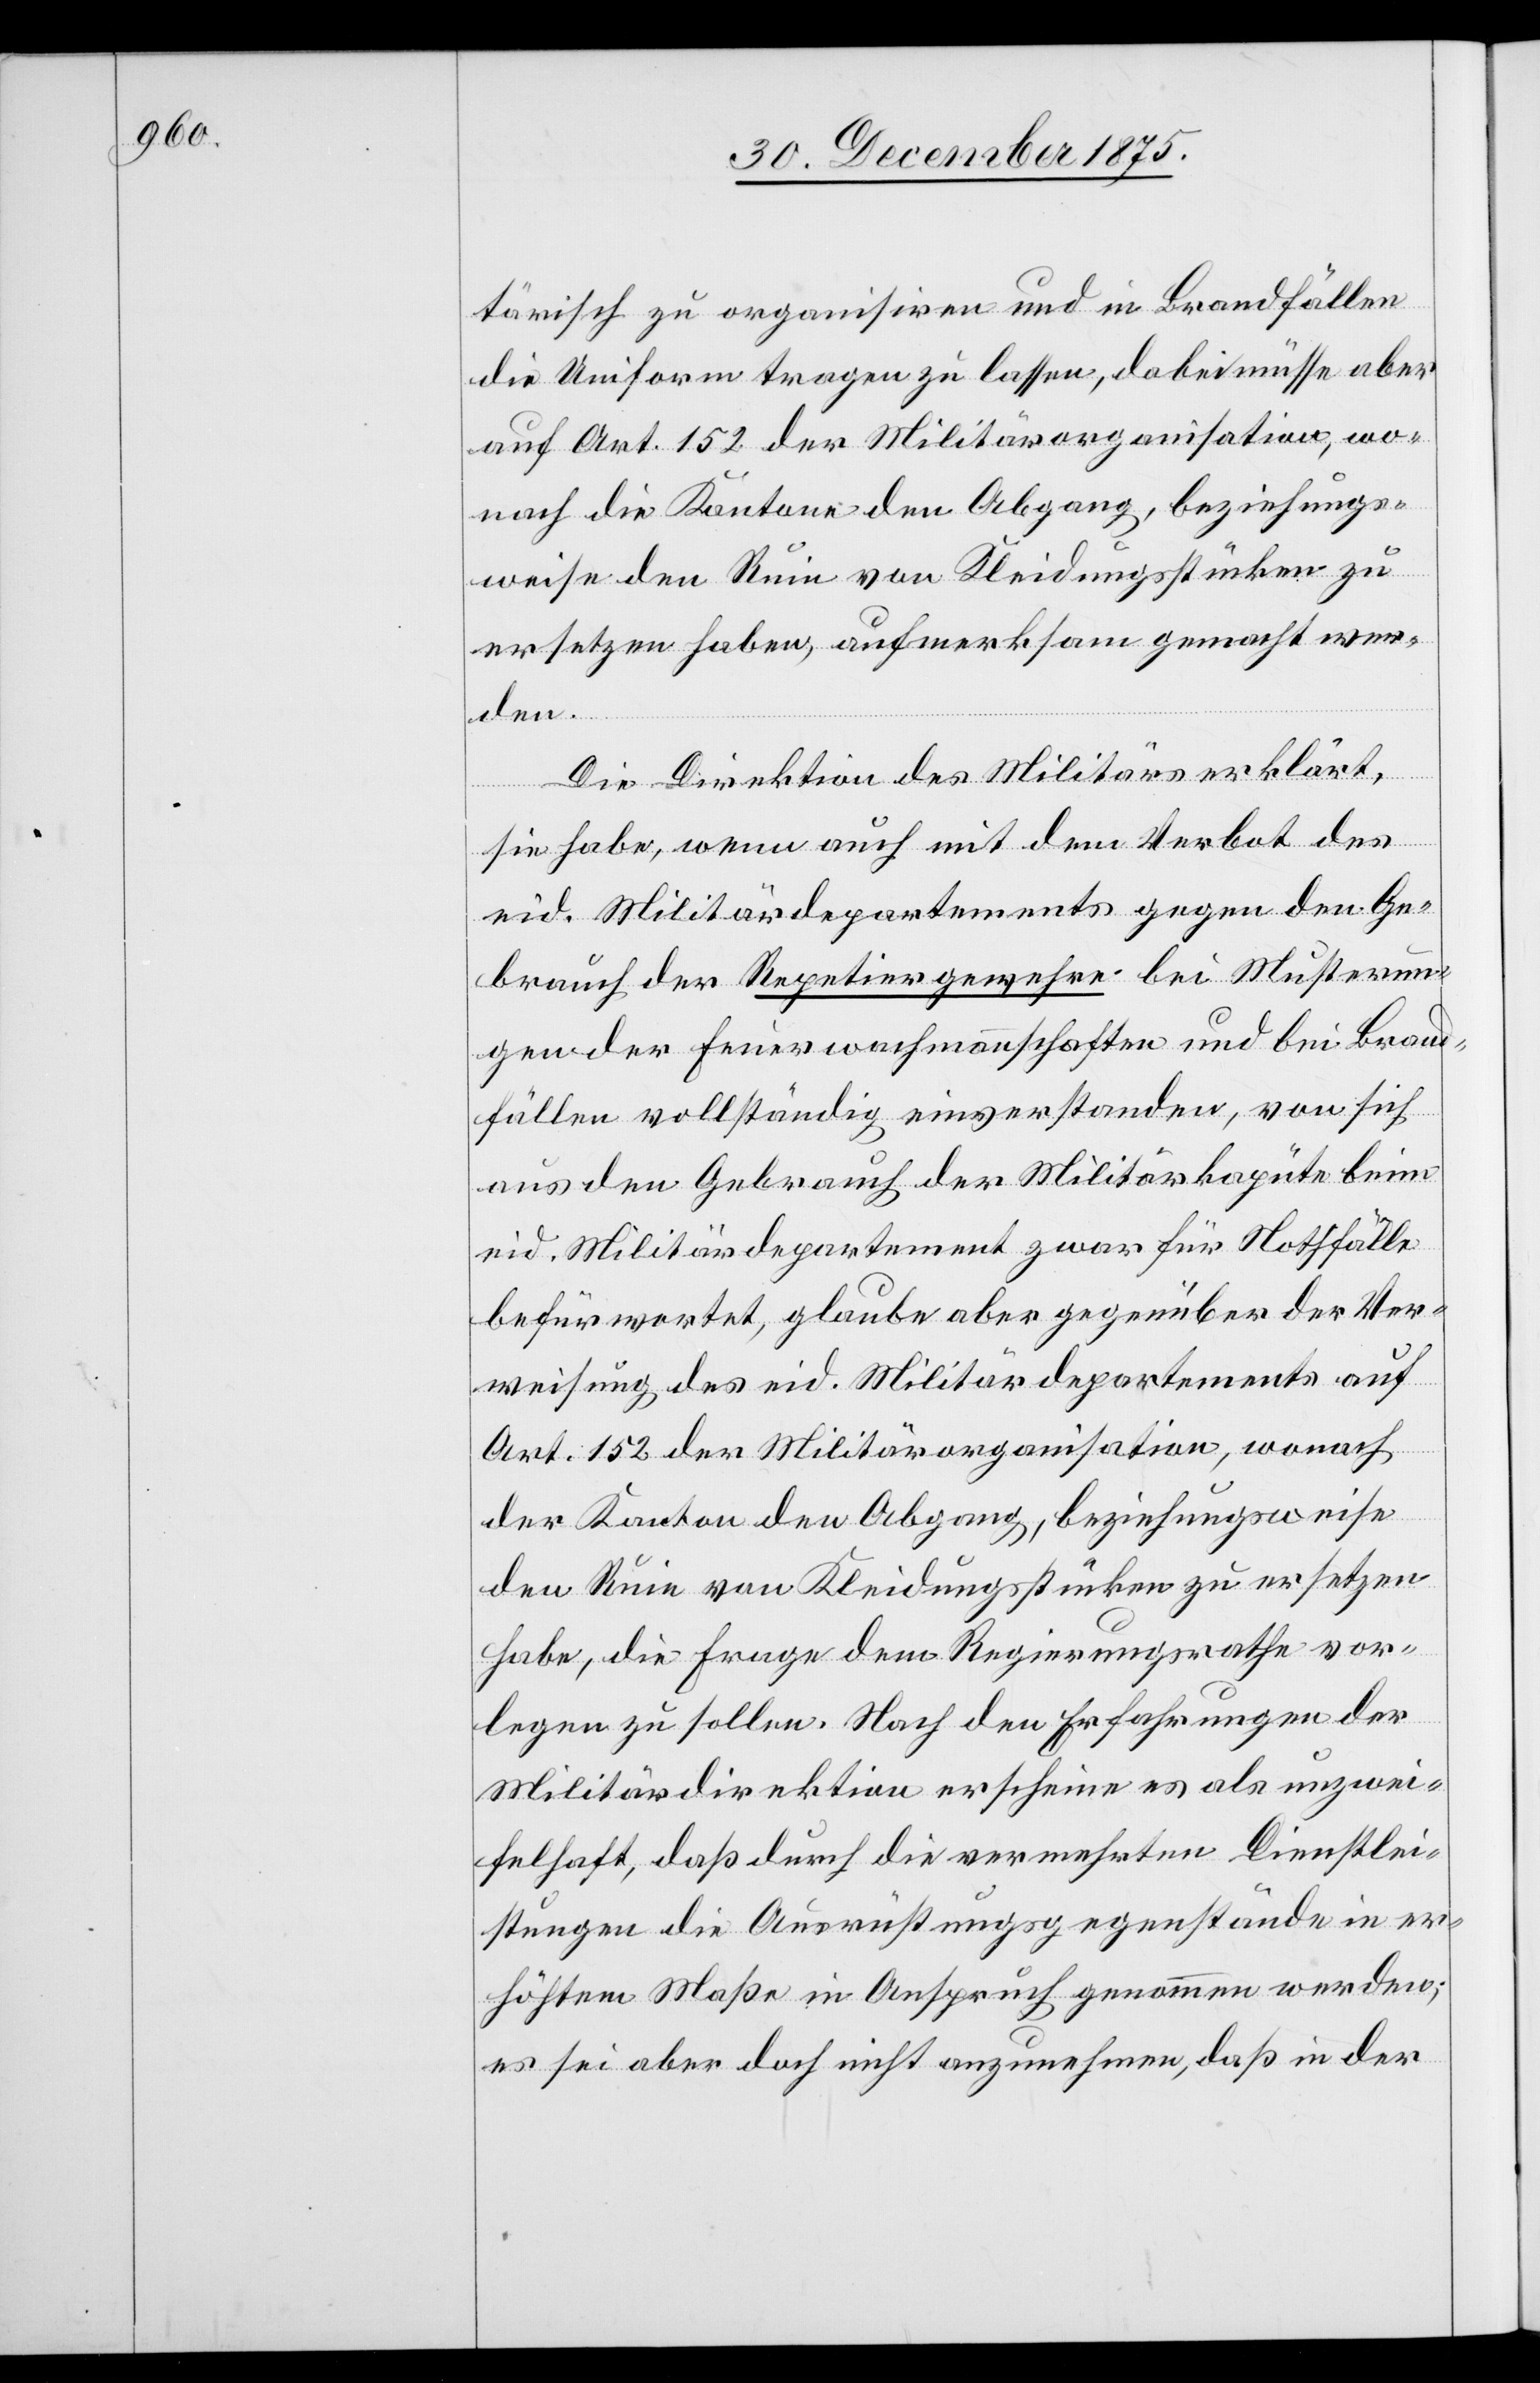
tärisch zu organisiren und in Brandfällen
die Uniform tragen zu lassen, dabei müsse aber
auf Art. 152 der Militärorganisation, wo¬
nach die Kantone den Abgang, beziehungs¬
weise den Ruin von Kleidungsstücken zu
ersetzen haben, aufmerksam gemacht wer¬
den.
Die Direktion des Militärs erklärt,
sie habe, wenn auch mit dem Verbot des
eid. Militärdepartements gegen den Ge¬
brauch der Repetiergewehre bei Musterun¬
gen der Feuerwachmannschaften und bei Brand¬
fällen vollständig einverstanden, von sich
aus den Gebrauch der Militärkapute beim
eid. Militärdepartement zwar für Nothfälle
befürwortet, glaube aber gegenüber der Ver¬
weisung des eid. Militärdepartments auf
Art. 152 der Militärorganisation, wonach
der Kanton den Abgang, beziehungsweise
den Ruin von Kleidungsstücken zu ersetzen
habe, die Frage dem Regierungsrathe vor¬
legen zu sollen. Nach den Erfahrung der
Militärdirektion erscheine es als unzwei¬
felhaft, daß durch die vermehrten Dienstlei¬
stungen die Ausrüstungsgegenstände in er¬
höhtem Maße in Anspruch genommen werden;
es sei aber doch nicht anzunehmen, daß in der